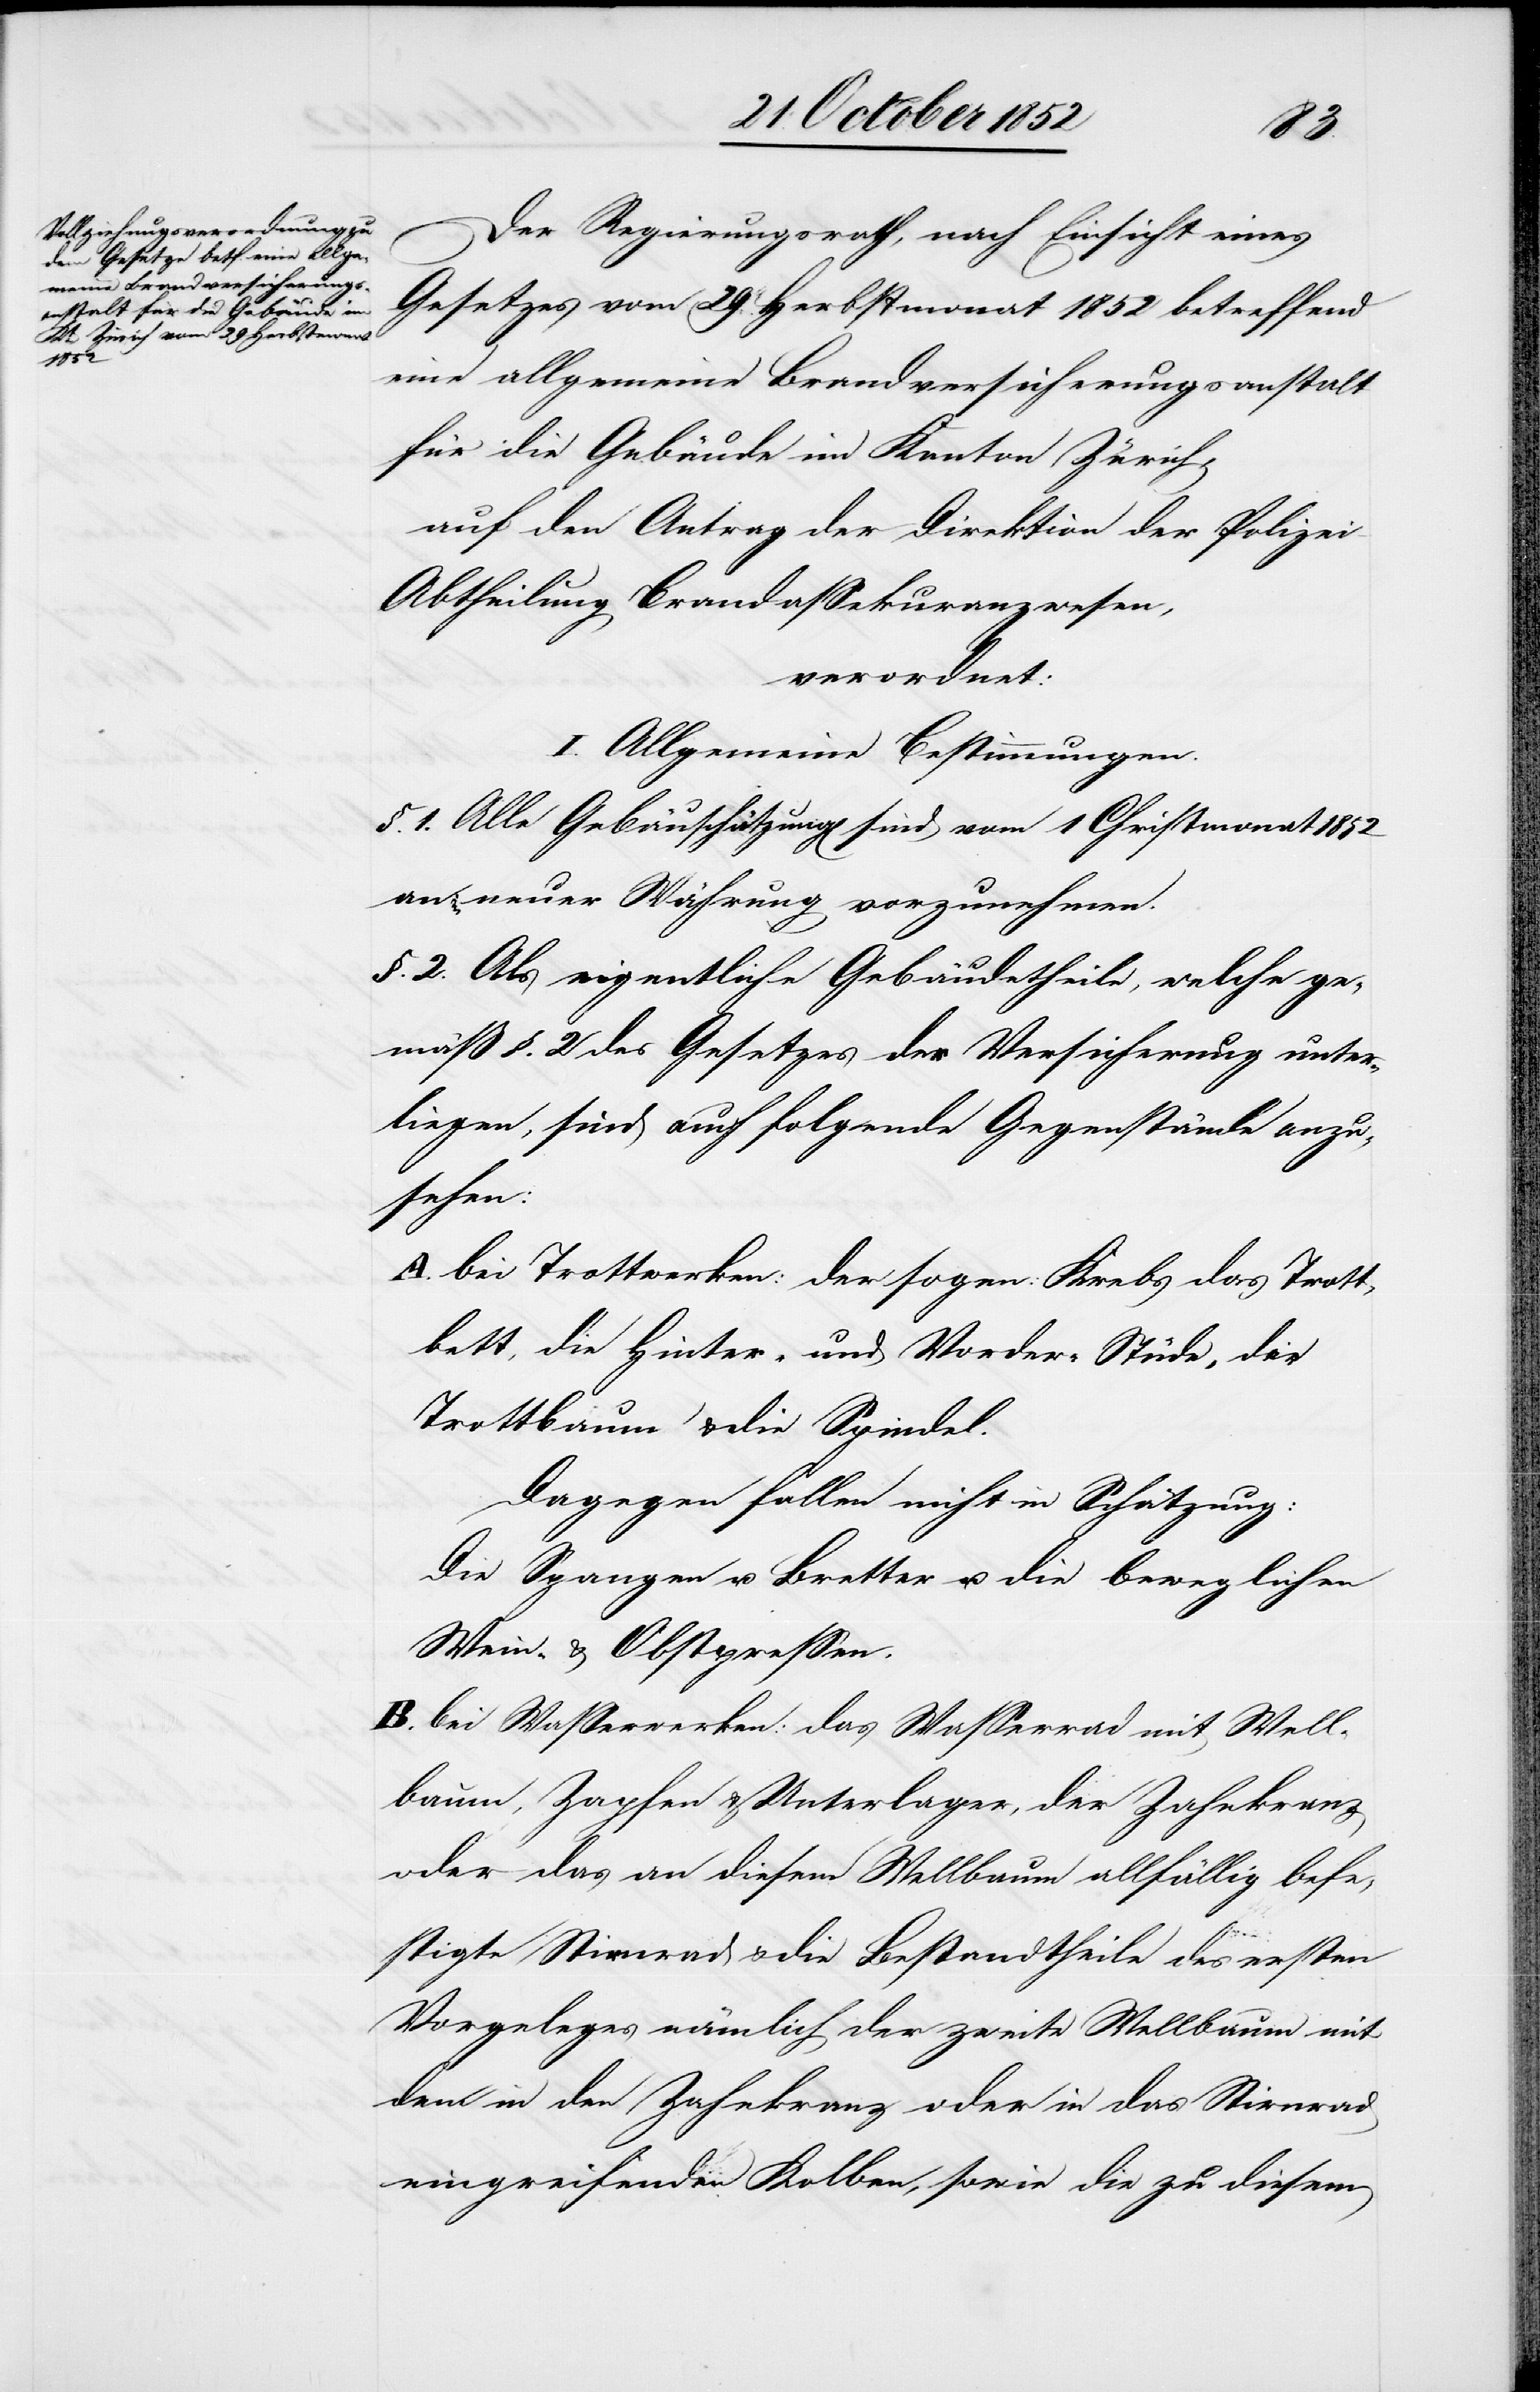
Der Regierungsrath, nach Einsicht eines
Gesetzes vom 29. Herbstmonat 1852 betreffend
eine allgemeine Brandversicherungsanstalt
für die Gebäude im Kanton Zürich,
auf den Antrag der Direktion der Polizei
Abtheilung Brandassekuranzwesen,
verordnet:
I. Allgemeine Bestimmungen.
§. 1. Alle Gebäu[de]schätzung[en] sind vom 1 Christmonat
in neuer Währung vorzunehmen.
§. 2. Als eigentliche Gebäudetheile, welche ge¬
mäß §. 2 des Gesetzes der Versicherung unter¬
liegen, sind auch folgende Gegenstände anzu¬
sehen:
bei Trottwerken: der sogen: Krebs[,] das Trott¬
bett, die Hinter- und Vorder-Stüde, der
Trottbaum & die Spindel.
Dagegen fallen nicht in Schätzung:
Die Spangen u. Bretter u. die beweglichen
Wein- & Obstpressen.
bei Wasserwerken: das Wasserrad mit Well¬
baum, Zapfen & Unterlager, der Zahnkranz
oder das an diesem Wellbaum allfällig befe¬
stigte Stirnrad & die Bestandtheile des ersten
Vorgeleges nämlich der zweite Wellbaum mit
dem in den Zahnkranz oder in das Stirnrad
eingreifenden Kolben, sowie die zu diesem